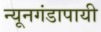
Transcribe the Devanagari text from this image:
न्यूनगंडापायी